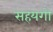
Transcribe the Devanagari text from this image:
सहयगो